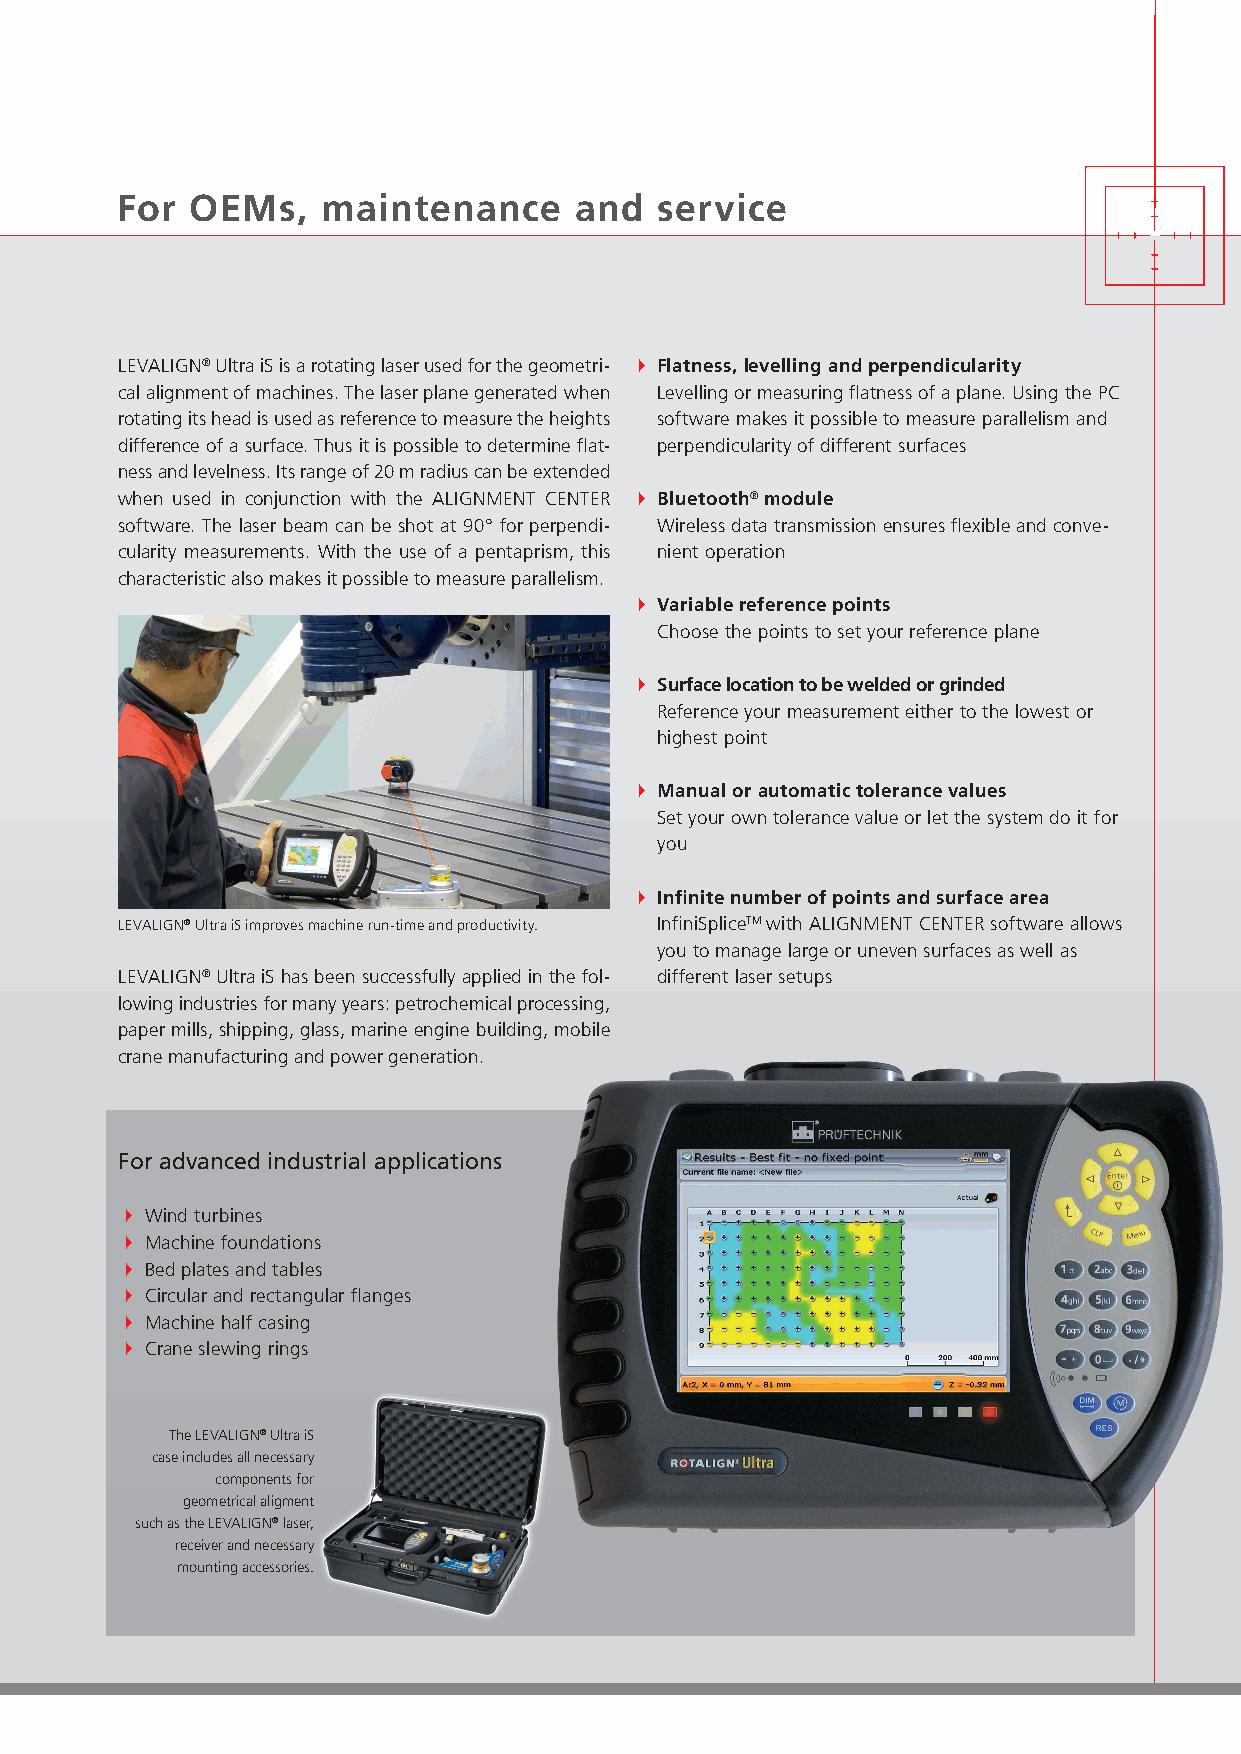
For  OEMs,   maintenance      and   service
 LEVALIGN® Ultra iS is a rotating laser used for the geometri- Flatness,levellingandperpendicularity
 cal alignment of machines. The laser plane generated when Levelling or measuring flatness of a plane. Using the PC
 rotating its head is used as reference to measure the heights software makes it possible to measure parallelism and
 difference of a surface. Thus it is possible to determine flat- perpendicularity of different surfaces
 ness and levelness. Its range of 20 m radius can be extended
 when used in conjunction with the ALIGNMENT CENTER Bluetooth®module
 software. The laser beam can be shot at 90° for perpendi- Wireless data transmission ensures flexible and conve-
 cularity measurements. With the use of a pentaprism, this nient operation
 characteristic also makes it possible to measure parallelism.
 Variablereferencepoints
 Choose the points to set your reference plane
 Surfacelocationtobeweldedorgrinded
 Reference your measurement either to the lowest or
 highest point
 Manualorautomatictolerancevalues
 Set your own tolerance value or let the system do it for
 you
 Infinitenumberofpointsandsurfacearea
 LEVALIGN® Ultra iS improves machine run-time and productivity. InfiniSpliceTM with ALIGNMENT CENTER software allows
 you to manage large or uneven surfaces as well as
 LEVALIGN® Ultra iS has been successfully applied in the fol- different laser setups
 lowing industries for many years: petrochemical processing,
 paper mills, shipping, glass, marine engine building, mobile
 crane manufacturing and power generation.
 For advanced industrial applications
  Wind turbines
  Machine foundations
  Bed plates and tables
  Circular and rectangular flanges
  Machine half casing
  Crane slewing rings
 The LEVALIGN® Ultra iS
 case includes all necessary
 components for
 geometrical aligment
 such as the LEVALIGN® laser,
 receiver and necessary
 mounting accessories.